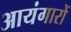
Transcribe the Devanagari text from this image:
आयंगारों